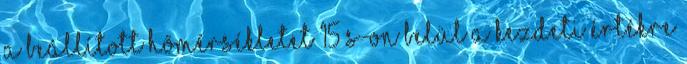
a beállított hõmérsékletet 15 s-on belül a kezdeti értékre